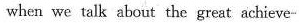
when we talk about the great achieve-